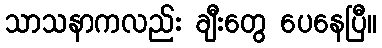
သာသနာကလည်း ချီးတွေ ပေနေပြီ။